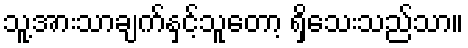
သူ့အားသာချက်နှင့်သူတော့ ရှိသေးသည်သာ။